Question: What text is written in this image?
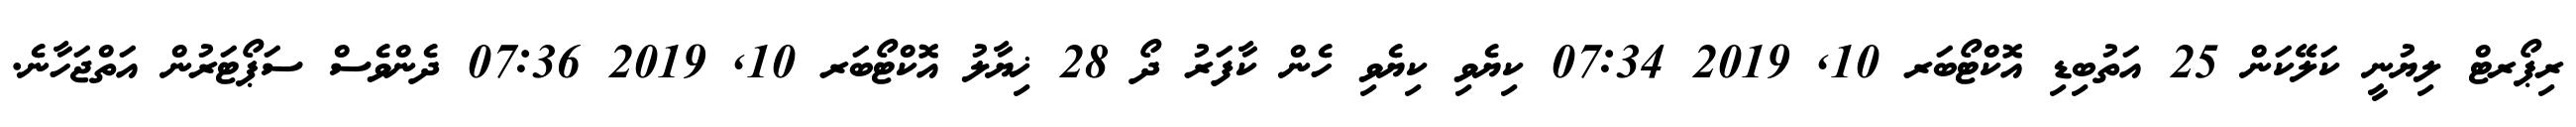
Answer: ރިޕޯރޓް ލިޔުނީ ކަލޭކަން 25 އަތުބިޑި އޮކްޓޯބަރ 10, 2019 07:34 ކިޔެވި ކިޔެވި ހެން ކާފަރު ދޯ 28 ޚިޔާލު އޮކްޓޯބަރ 10, 2019 07:36 ދެންވެސް ސަޕޯޓަރުން އަތްޖަހާނެ.